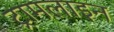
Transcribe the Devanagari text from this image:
ट्रामलाइन